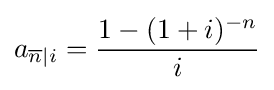
a_{{\overline {n}}|i}={\frac {1-(1+i)^{-n}}{i}}